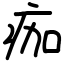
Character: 痂